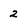
Character: 2